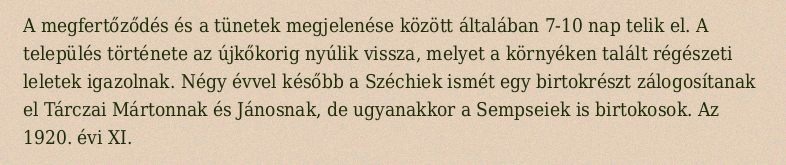
A megfertőződés és a tünetek megjelenése között általában 7-10 nap telik el. A település története az újkőkorig nyúlik vissza, melyet a környéken talált régészeti leletek igazolnak. Négy évvel később a Széchiek ismét egy birtokrészt zálogosítanak el Tárczai Mártonnak és Jánosnak, de ugyanakkor a Sempseiek is birtokosok. Az 1920. évi XI.